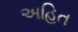
અહિત